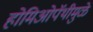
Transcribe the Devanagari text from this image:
होमिओपॅथीमुळे